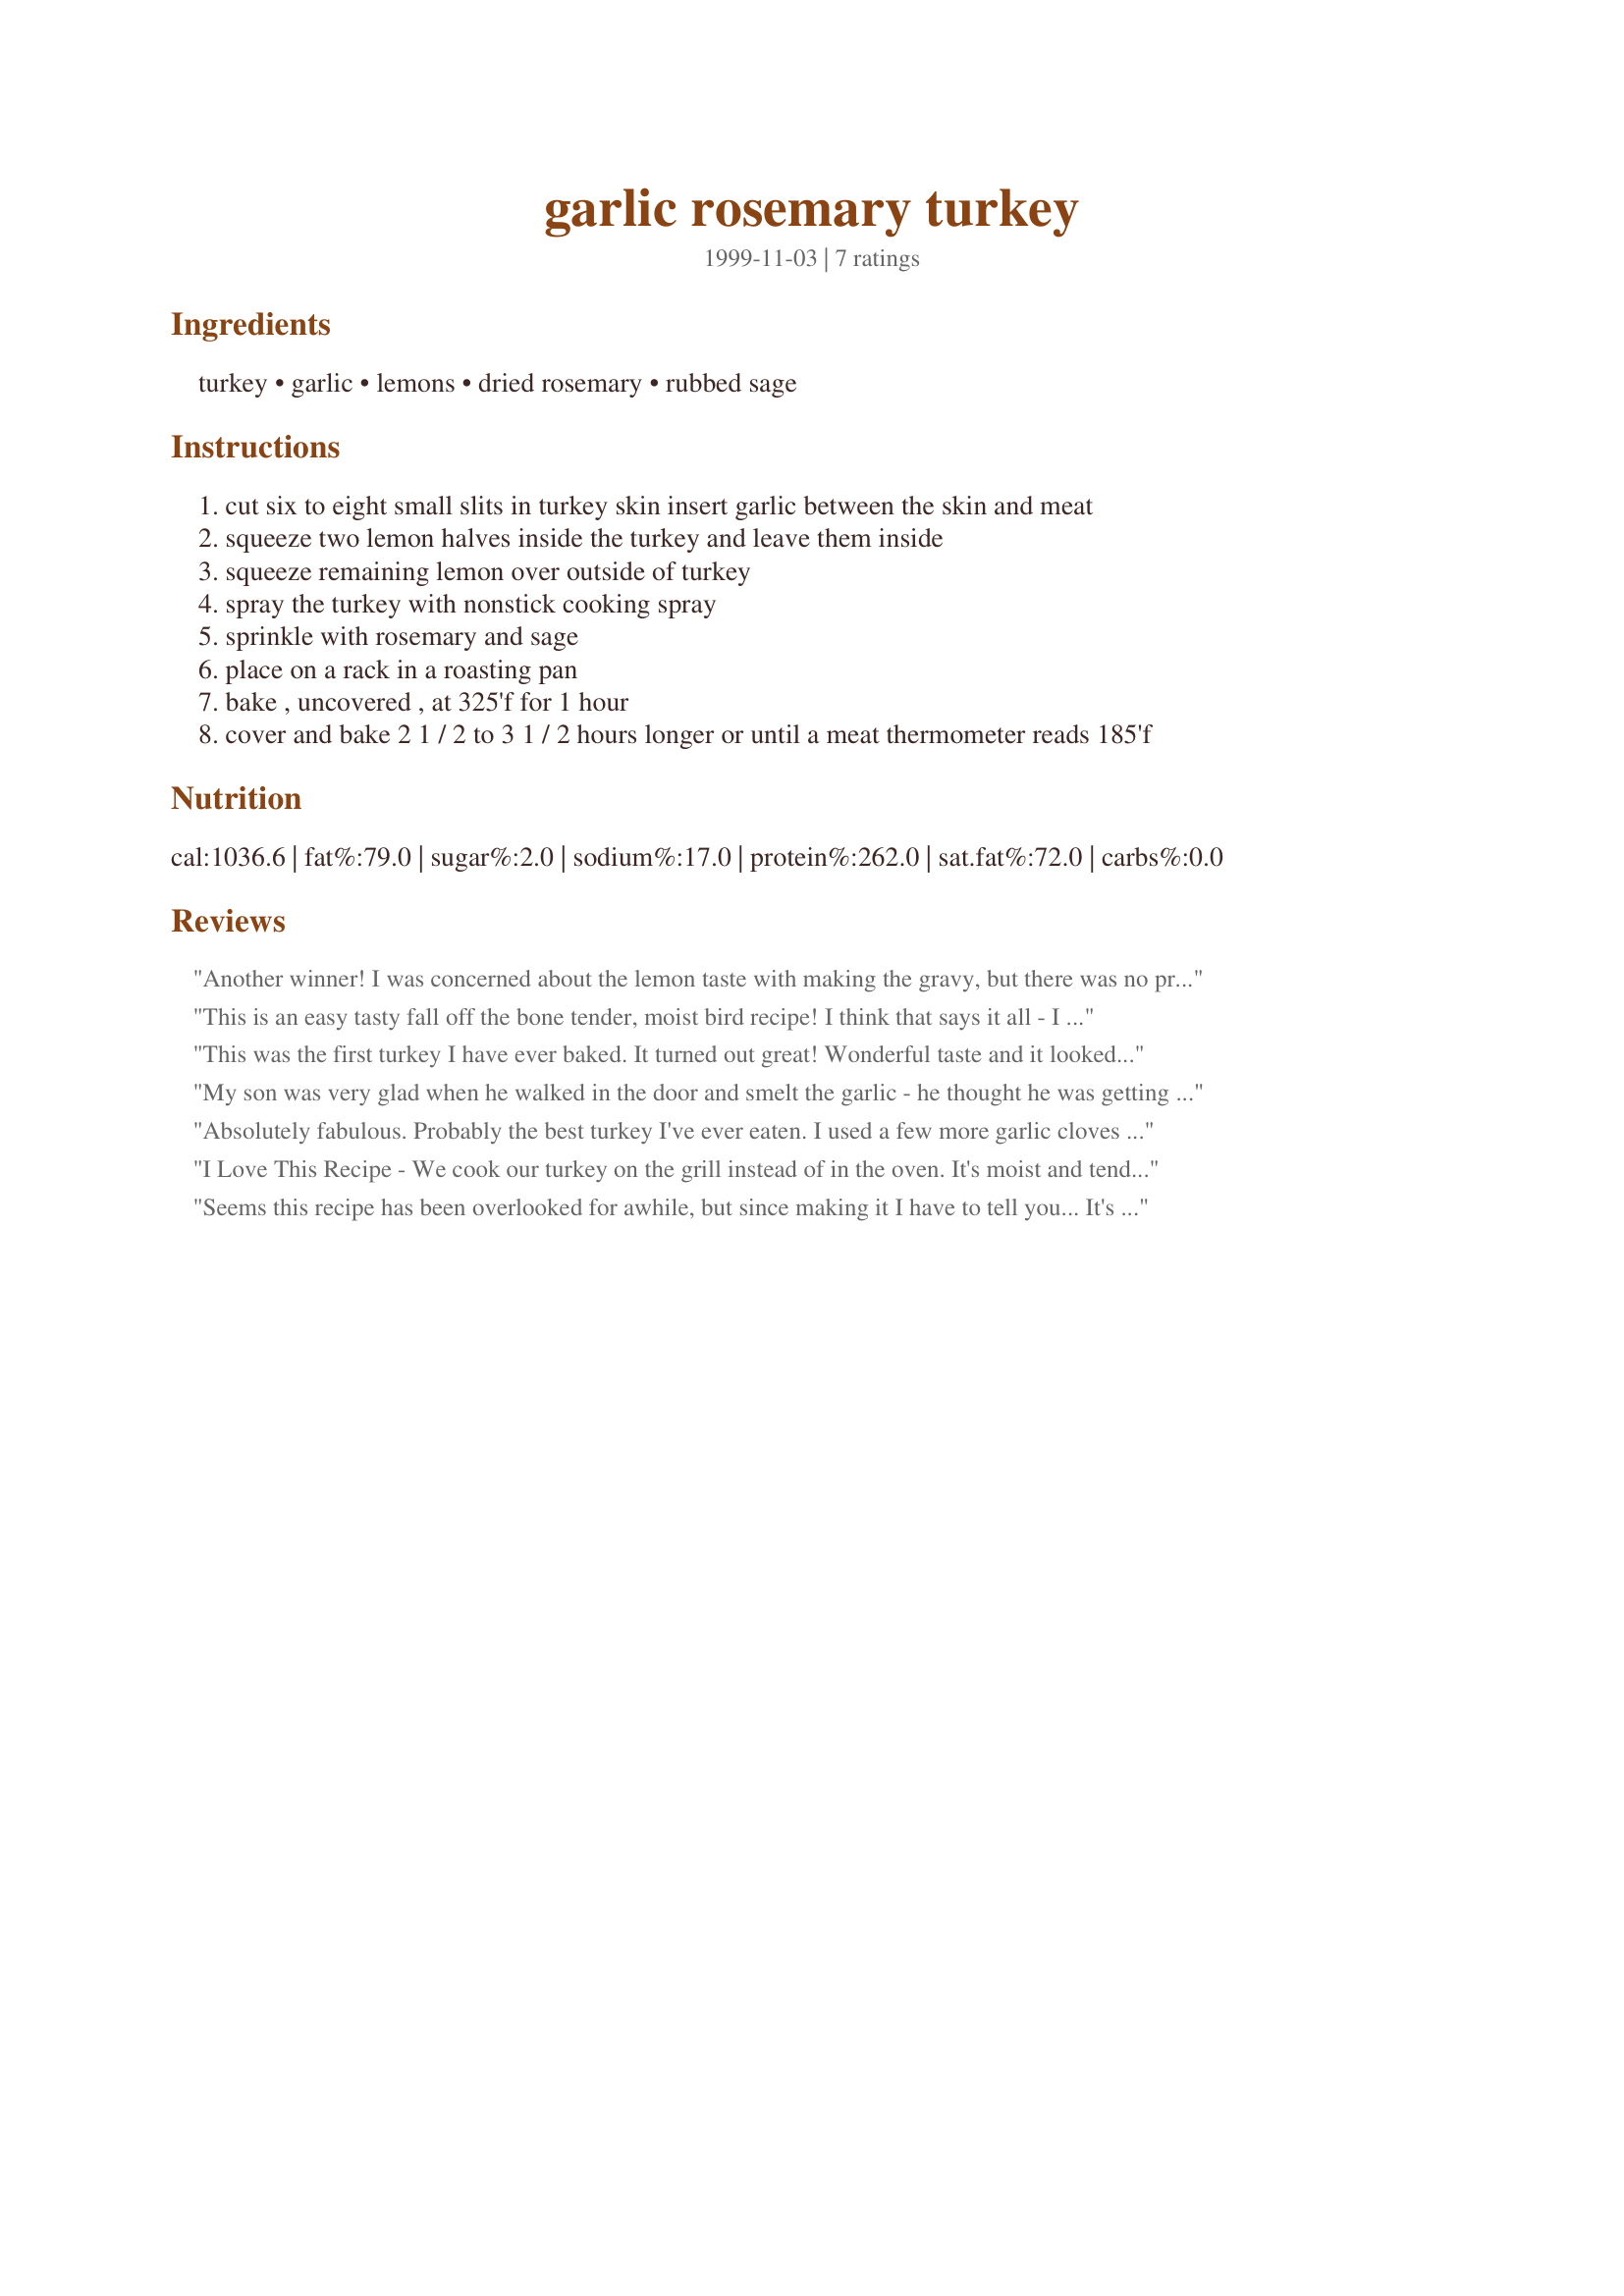
garlic rosemary turkey
Preparation time: 0 minutes

Ingredients:
turkey, garlic, lemons, dried rosemary, rubbed sage

Steps:
cut six to eight small slits in turkey skin insert garlic between the skin and meat
squeeze two lemon halves inside the turkey and leave them inside
squeeze remaining lemon over outside of turkey
spray the turkey with nonstick cooking spray
sprinkle with rosemary and sage
place on a rack in a roasting pan
bake , uncovered , at 325'f for 1 hour
cover and bake 2 1 / 2 to 3 1 / 2 hours longer or until a meat thermometer reads 185'f

Reviews:
Another winner! I was concerned about the lemon taste with making the gravy, but there was no problem. The gravy made from the drippings tasted just fine. I was going to squeeze another half of lemon over the turkey when it was half way done, but forgot.
This is an easy tasty fall off the bone tender, moist bird recipe! I think that says it all - I like the subtle lemon flavor combined with the garlic rosemary & sage. I had to use dry herbs but they worked - I made a walnut cranberry stuffing on the side and it went well with this bird. I see by the number that it must have been one of your first posted recipes I am g;ad you posted it
This was the first turkey I have ever baked. It turned out great! Wonderful taste and it looked very elegant.
My son was very glad when he walked in the door and smelt the garlic - he thought he was getting the 40 clove chicken dish but didn't seem to mind it was turkey. I used 8 large cloves and our thanksgiving turkey was enjoyed by all.
Absolutely fabulous. Probably the best turkey I've ever eaten. I used a few more garlic cloves than recommended which, if you're a garlic fan, is never a bad thing! Leftovers are every bit as good as the fresh bird .... this recipe will definitely be pulled out again before the next major holiday!
I Love This Recipe - We cook our turkey on the grill instead of in the oven. It's moist and tender and just utterly delicious. Thanks for putting this recipe on here!
Seems this recipe has been overlooked for awhile, but since making it I have to tell you... It's excellent!! Packed with exceptional flavor, this is now a new favorite to make often for chicken and turkey!
